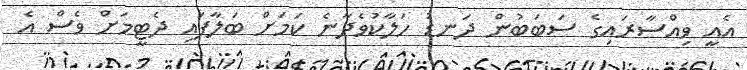
އެއީ ވިއްސާރައިގެ ސަބަބުން ދަނޑު ހަލާކުވެދާނެ ކަމަށް ބަލާފައި ދެޓީމަށް ވެސް އެ